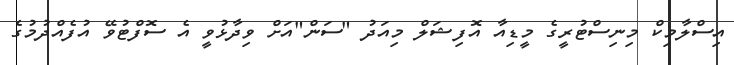
އިސްލާމިކް މިނިސްޓުރީގެ މީޑިއާ އޮފިޝަލް މިއަދު "ސަން"އަށް ވިދާޅުވީ އެ ސޮފްޓުވޭ އުފެއްދުމުގެ